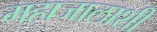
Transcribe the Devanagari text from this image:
महाजालाशी